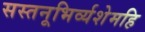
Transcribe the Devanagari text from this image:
सस्तनूभिर्व्यशेमहि